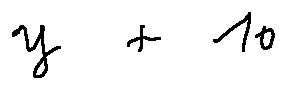
y + 1 6